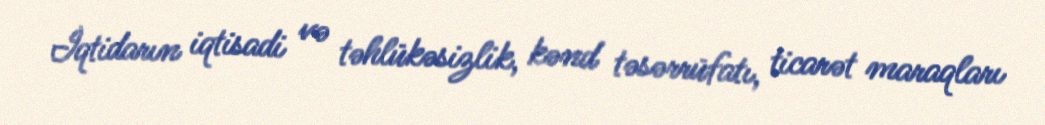
İqtidarın iqtisadi və təhlükəsizlik, kənd təsərrüfatı, ticarət maraqları